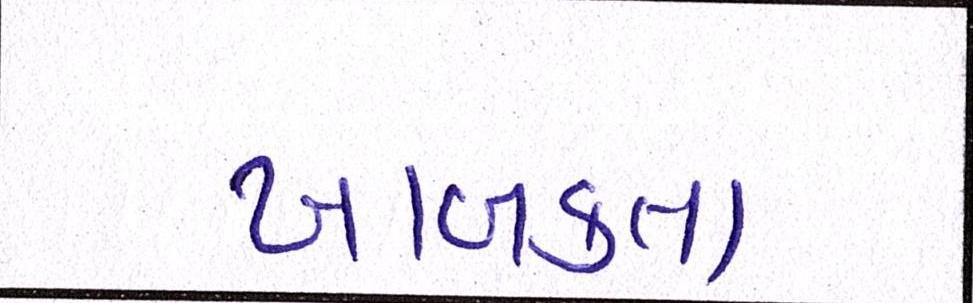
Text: ખાબકતા